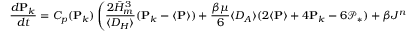
{ \frac { d \mathbf { P } _ { k } } { d t } } = C _ { p } ( \mathbf { P } _ { k } ) \left( { \frac { 2 \bar { H } _ { m } ^ { 3 } } { \langle D _ { H } \rangle } } ( \mathbf { P } _ { k } - \langle \mathbf { P } \rangle ) + { \frac { \beta \mu } { 6 } } \langle D _ { A } \rangle ( 2 \langle \mathbf { P } \rangle + 4 \mathbf { P } _ { k } - 6 \mathcal { P } _ { * } ) + \beta J ^ { n c } ( \mathbf { P } _ { k } ) \right) .